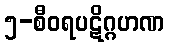
၅-စီဝရပဋိဂ္ဂဟဏ